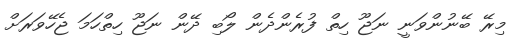
މިރޭ ބޭނުންވަނީ ނަޖޫ ހިތް ފުރެންދެން ލޯބި ދޭން ނަޖޫ ހިތްހަމަ ޖެހޭވަރަށް